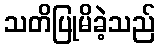
သတိပြုမိခဲ့သည်